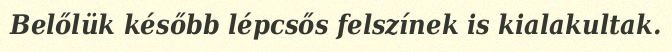
Belőlük később lépcsős felszínek is kialakultak.